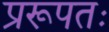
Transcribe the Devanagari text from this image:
प्ररूपतः